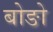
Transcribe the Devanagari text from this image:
बोङो